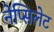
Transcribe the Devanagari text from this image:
नेप्सिलेट